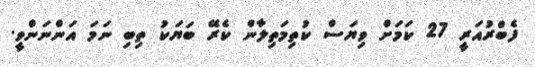
ފެބްރުއަރީ 27 ކަމަށް ވިޔަސް ކުތިމަތިލާން ކެރޭ ބަޔަކު ތިބި ނަމަ އަންނަންވީ.